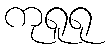
ကုရူရု